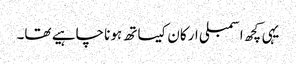
یہی کچھ اسمبلی ارکان کیساتھ ہونا چاہیے تھا۔